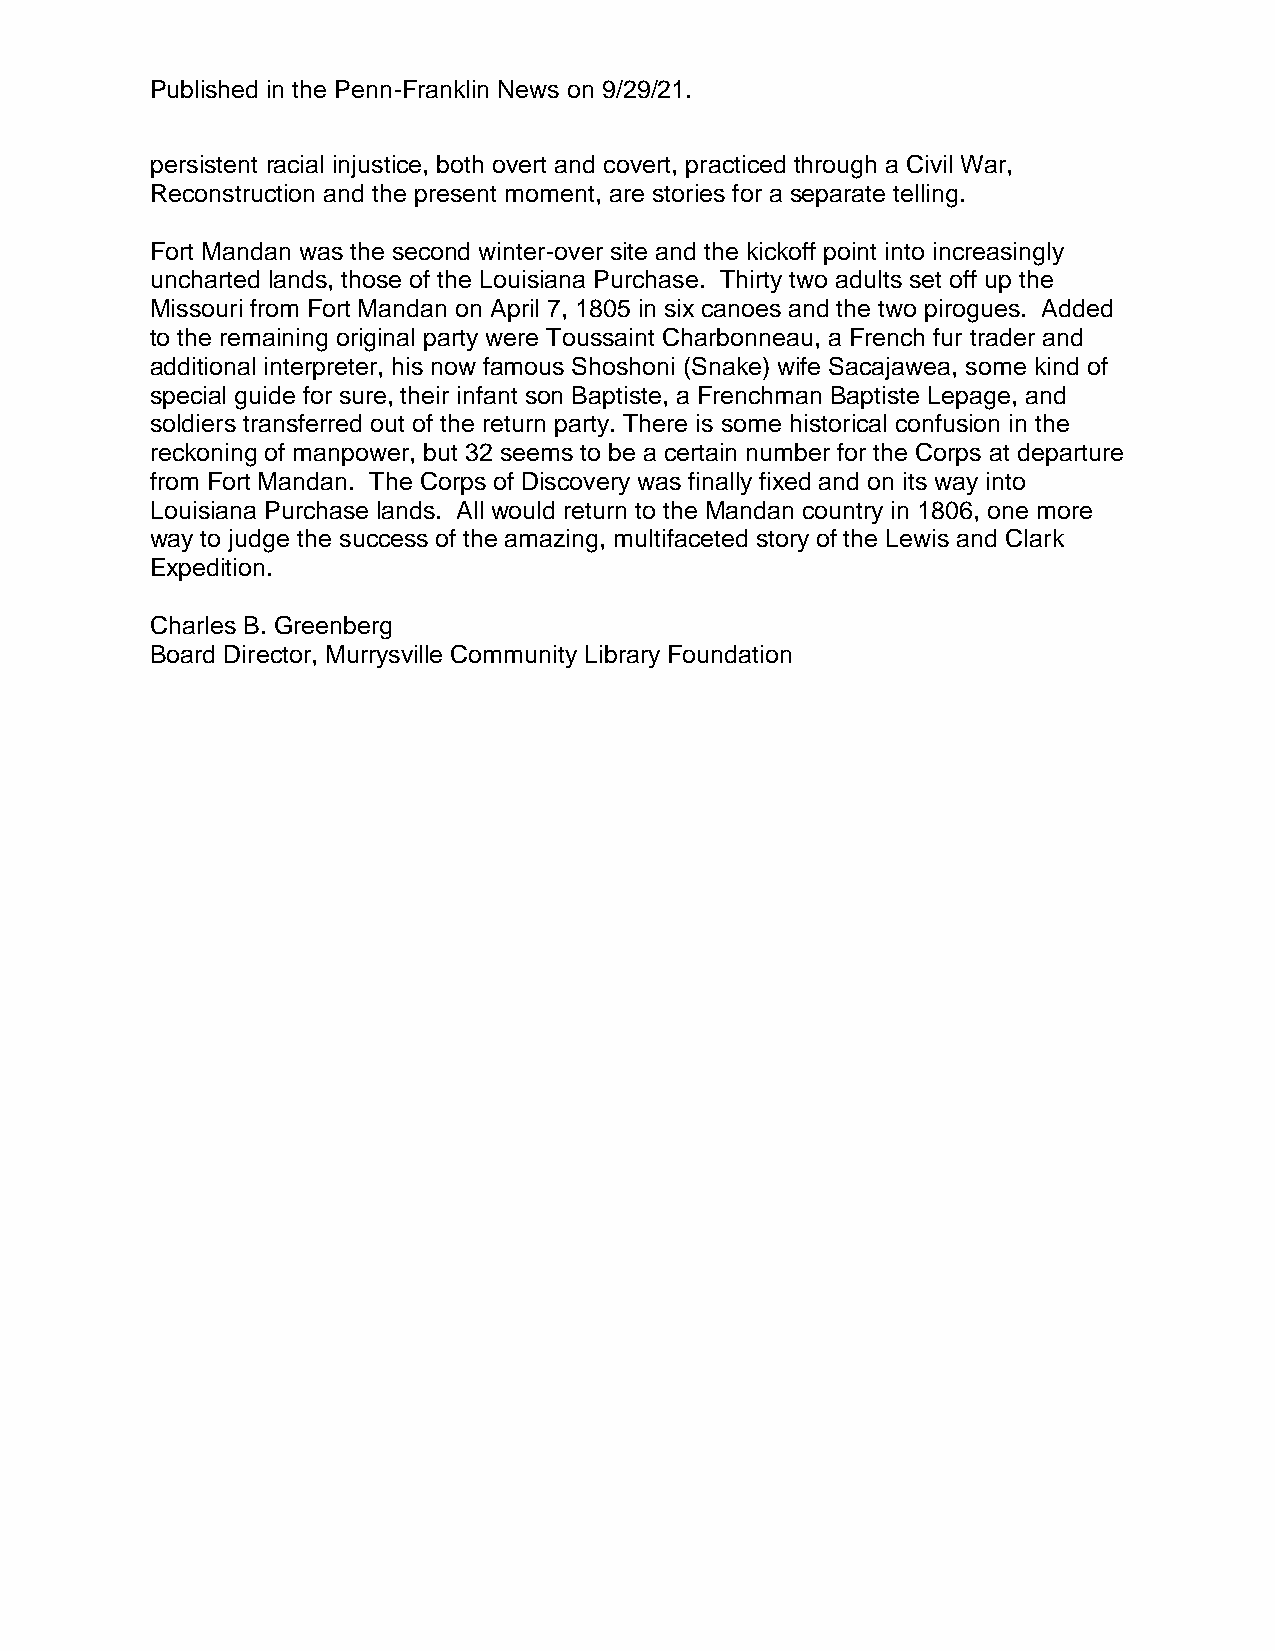
Published in the Penn-Franklin News on 9/29/21.
 persistent racial injustice, both overt and covert, practiced through a Civil War,
 Reconstruction and the present moment, are stories for a separate telling.
 Fort Mandan was the second winter-over site and the kickoff point into increasingly
 uncharted lands, those of the Louisiana Purchase. Thirty two adults set off up the
 Missouri from Fort Mandan on April 7, 1805 in six canoes and the two pirogues. Added
 to the remaining original party were Toussaint Charbonneau, a French fur trader and
 additional interpreter, his now famous Shoshoni (Snake) wife Sacajawea, some kind of
 special guide for sure, their infant son Baptiste, a Frenchman Baptiste Lepage, and
 soldiers transferred out of the return party. There is some historical confusion in the
 reckoning of manpower, but 32 seems to be a certain number for the Corps at departure
 from Fort Mandan. The Corps of Discovery was finally fixed and on its way into
 Louisiana Purchase lands. All would return to the Mandan country in 1806, one more
 way to judge the success of the amazing, multifaceted story of the Lewis and Clark
 Expedition.
 Charles B. Greenberg
 Board Director, Murrysville Community Library Foundation